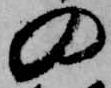
の